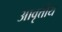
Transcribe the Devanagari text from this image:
आवृत्तीय